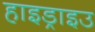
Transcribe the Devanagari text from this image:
हाइड्राइउ